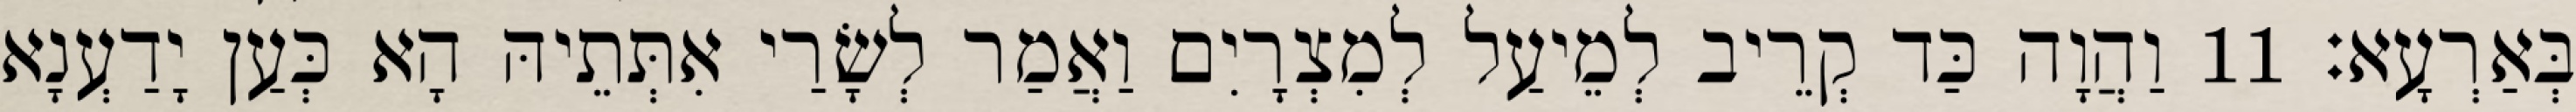
בְּאַרְעָא׃ 11 וַהֲוָה כַּד קְרֵיב לְמֵיעַל לְמִצְרָיִם וַאֲמַר לְשָׂרַי אִתְּתֵיהּ הָא כְּעַן יָדַעְנָא